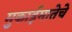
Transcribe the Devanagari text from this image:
मुकाईमातेचे